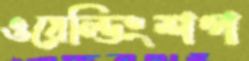
ওয়েল্ডিংশপ